Report on vaccination North-West Frontier Province 1904-1922 - 1904-1922
Year: 1904
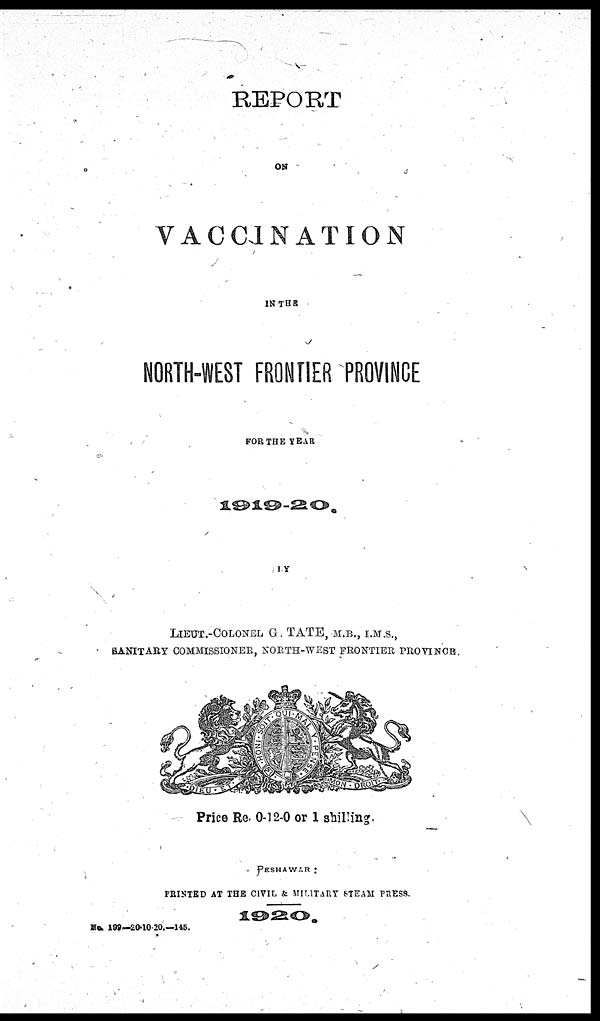
REPORT
ON
VACCINATION
IN THE
NORTH-WEST FRONTIER PROVINCE
FOR THE YEAR
BY
LIEUT.-COLONEL G. TATE, M.B., I.M.S.,
SANITARY COMMISSIONER, NORTH-WEST FRONTIER PROVINCE.
Price Re. 0-12-0 or 1 shilling.
PESHAWAR :
PRINTED AT THE CIVIL & MILITARY STEAM PRESS.
1920.
No. 199—2010-20.—145.